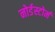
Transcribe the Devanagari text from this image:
नोर्डस्टोर्म